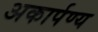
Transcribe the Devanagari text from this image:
अकार्पण्य